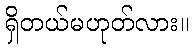
ရှိတယ်မဟုတ်လား။